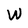
Character: W